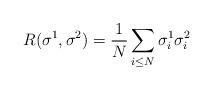
LaTeX: \begin{align*}R(\sigma^1,\sigma^2)= \frac{1}{N}\sum_{i\leq N} \sigma_i^1\sigma_i^2\end{align*}